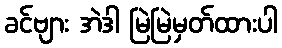
ခင်ဗျား အဲဒါ မြဲမြဲမှတ်ထားပါ